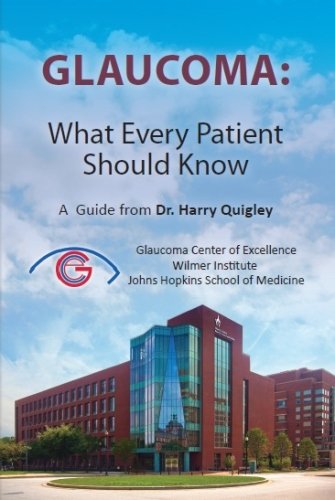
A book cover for Glaucoma: What Every Patient Should Know: A  Guide from Dr. Harry Quigley; Harry A Quigley MD; Health, Fitness & Dieting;